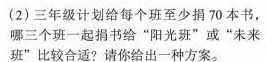
(2)三年级计划给每个班至少捐70本书，哪三个班一起捐书给”阳光班”或”未来班”比较合适?请你给出一种方案。